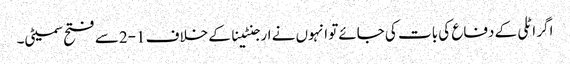
اگر اٹلی کے دفاع کی بات کی جائےتو انہوں نے ارجنٹینا کے خلاف 1-2سے فتح سمیٹی۔